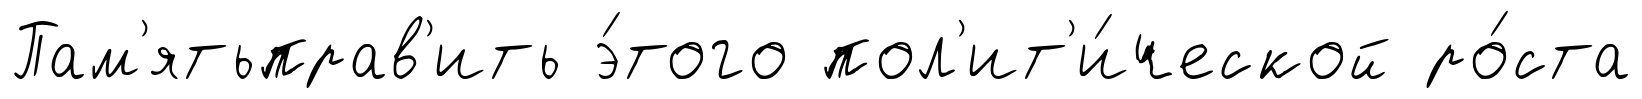
Пам'ятьправ'ить э́того пол'ит'и́ческой ро́ста